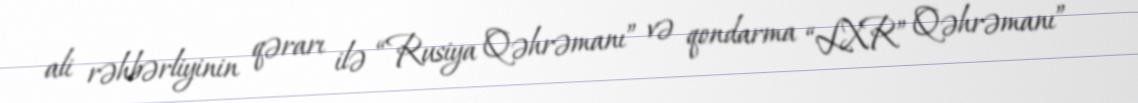
ali rəhbərliyinin qərarı ilə “Rusiya Qəhrəmanı” və qondarma “LXR” Qəhrəmanı”